Vital statistics of India. Vol. VI, European troops 1870-79
Year: 1870
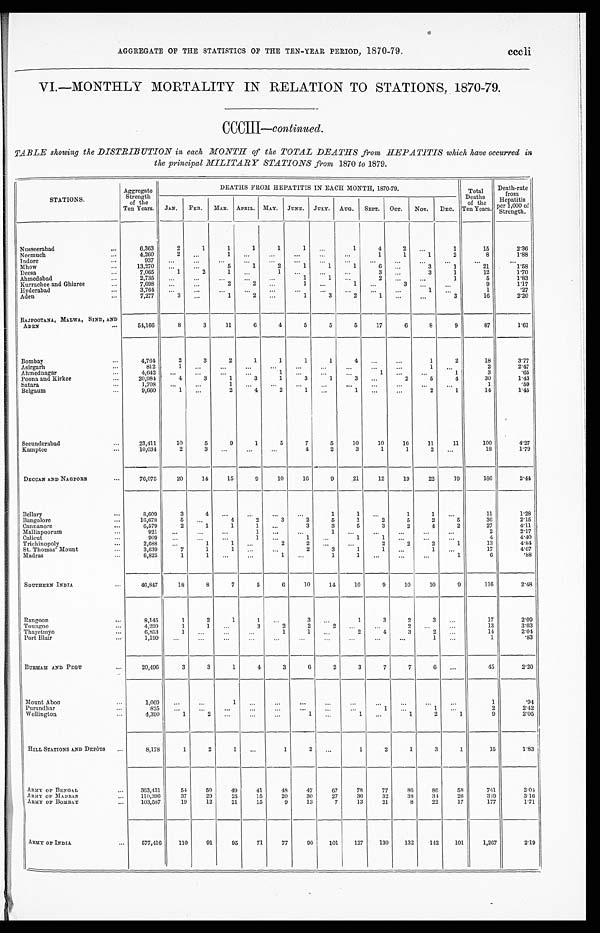
AGGREGATE OF THE STATISTICS OF THE TEN-YEAR PERIOD, 1870-79. c c c l i
VI.—MONTHLY MORTALITY IN RELATION TO STATIONS, 1870-79.
CCCIII— continued.
TABLE showing the DISTRIBUTION in each MONTH of the TOTAL DEATHS from HEPATITIS which have occurred in
the principal MILITARY STATIONS from 1870 to 1879.
STATIONS.
Aggregate
Strength
of the
Ten Years.
DEATHS FROM HEPATITIS IN EACH MONTH, 1870-79.
Total
Deaths
of the
Ten Years.
Death-rate
from
Hepatitis
per 1,000 of
Strength.
JAN. FEB. MAR. APRIL. MAY. JUNE. JULY. AUG. SEPT. OCT. NOV. DEC.
Nusseerabad
...
6,363
2
1
1
1
1
1
...
1
4
2
...
1
15
2 . 3 6
Neemuch
...
4,260 2
...
1 ...
...
...
...
...
1
1
1
2
8
1.88
Indore
...
937
...
. . .
. . .
. . .
. . . ...
. . .
. . .
. . .
. . .
. . .
. . .
. . .
...
Mhow
. . .
13,270
...
. . .
5
1
2
1
1
1
6 ...
3
1
21
1.58
Deesa
...
7,065
1
2
1 ...
1 ...
... ...
3
...
3
1
12
1.70
Ahmedabad
...
2,735
... ...
...
. . .
. . .
1
1
...
2
...
. . .
1
5
1.83
Kurrachee and Ghizree
...
7,698
...
...
2
2 ...
1 ... 1
...
3 ...
...
9
1.17
Hyderabad
...
3,764
...
. . .
. . .
...
...
. . .
. . .
. . .
. . .
... ...
1
. . .
. 2 7
Aden
...
7,277 3
...
1 2
...
1
3
2
1 ...
. . .
3
16
2 . 2 0
RAJPOOTANA, MALWA, SIND, AND
ADEN
...
54,166
8
3
11
6
4
5
5
5
17
6
8
9
87
1.61
Bombay
...
4,764
2
3
2
1
1
1
1
4
...
...
1
2
18
3.77
Asirgarh
...
812
1 ...
. . .
...
...
...
...
...
...
...
1
. . .
2
2.47
Ahmednagar
...
4,642
... ...
. . .
...
1
...
...
. . .
1
. . .
...
1
3
.65
Poona and Kirkee
...
20,984
4
3
1
3
1
3
1 3
...
2
5
4
30
1.43
Satara
...
1,708
...
. . .
1 ...
. . .
...
. . .
. . .
...
...
...
. . .
1
.59
Belgaum
...
9,660 1
...
2
4
2 1
...
1
...
...
2
1
14
1.45
Secunderabad
..
23,411
10
5
9
1
5
7
5
10
10
16
11
11
100
4 . 2 7
Kamptee
...
10,034
2 3
. . .
... ...
4
2
3
1
1
2 ...
18
1.79
DECCAN AND NAGPORE
...
76,075
20
14
15
9
10
16
9
21
12
19
22
19
186
2.44
Bellary
...
8,609
3
4 ...
...
...
...
1
1 ...
1
1 ...
11
1.28
Bangalore
...
16,678 5
...
4
2
3
2
5
1
2
5
2
5
36
2.15
Cannanore
...
6,579
2
1
1
1 ...
3
3
5
3
2
4
2
27
4.11
Malliapoorum
...
921
...
...
...
1 ...
...
1 ...
...
...
. . . ...
2
2.17
Calicut
...
909
...
... ...
1 ...
1 ...
1 1
...
...
...
4
4 . 4 0
Trichinopoly
...
2,688 ...
1
1 ...
2 2
...
...
2
2
2
1
13
4.84
St. Thomas' Mount
...
3,639
7
1
1 ...
...
2
3
1
1 ...
1
. . .
17
4 . 6 7
Madras
...
6,825
1
1 ...
...
1 ...
1
1 ...
...
. . .
1
6
.88
SOUTHERN INDIA
...
46,847
18
8
7
5
6
10
14
10
9
10
10
9
116
2.48
Rangoon
...
8,145
1
2
1
1 ...
3 ...
1
3
2
3...
17
2.09
Toungoo
...
4,299
1
1 ...
3
2
2 2
...
... 2
. . . ...
13
3.03
Thayetmyo
...
6,853
1 ...
...
...
1
1 ...
2
4
3
2...
14
2.04
Port Blair
...
1,199
...
...
...
...
...
. . . ...
...
...
...
1 ...
1
.83
BURMAH AND PEGU
...
20,496
3
3
1
4
3
6
2
3
7
7 6
...
45
2.20
Mount Aboo
...
1,069
...
...
1
...
...
...
...
...
...
...
...
...
1
.94
Purandhar
...
825
...
...
...
...
...
. . .
...
... 1
...
1 ...
2
2.42
Wellington
...
4,390
1 2
...
...
...
1 ...
1 ...
1
2
1
9
2. 05
HILL STATIONS AND DEPÔTS ...
8,178
1
2 1
...
1
2 ...
1
2
1
3
1
15
1.83
ARMY OF BENGAL
...
363,431
54
50
49
41
48
47
67
78
77
86
86
58
741
2.04
ARMY OF MADRAS
...
110,396
37
29
25
15
20
30
27
36
32
38
34
26
349
3.16
ARMY OF BOMBAY
...
103,587
19
12
21
15
9
13
7
13
21
8
22
17
177
1.71
ARMY OF INDIA
...
577,416
110
91
95
71
77
90
101
127
130
132
142
101
1,267
2.19